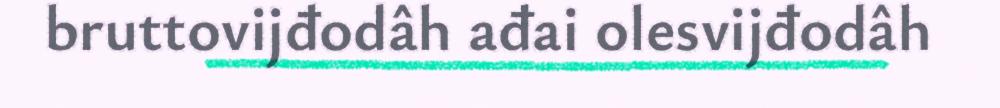
bruttovijđodâh ađai olesvijđodâh